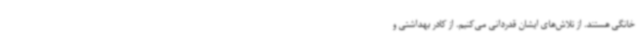
خانگی هستند. از تلاش‌های ایشان قدردانی می‌کنیم. از کادر بهداشتی و